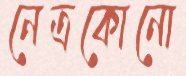
নেত্রকোনো